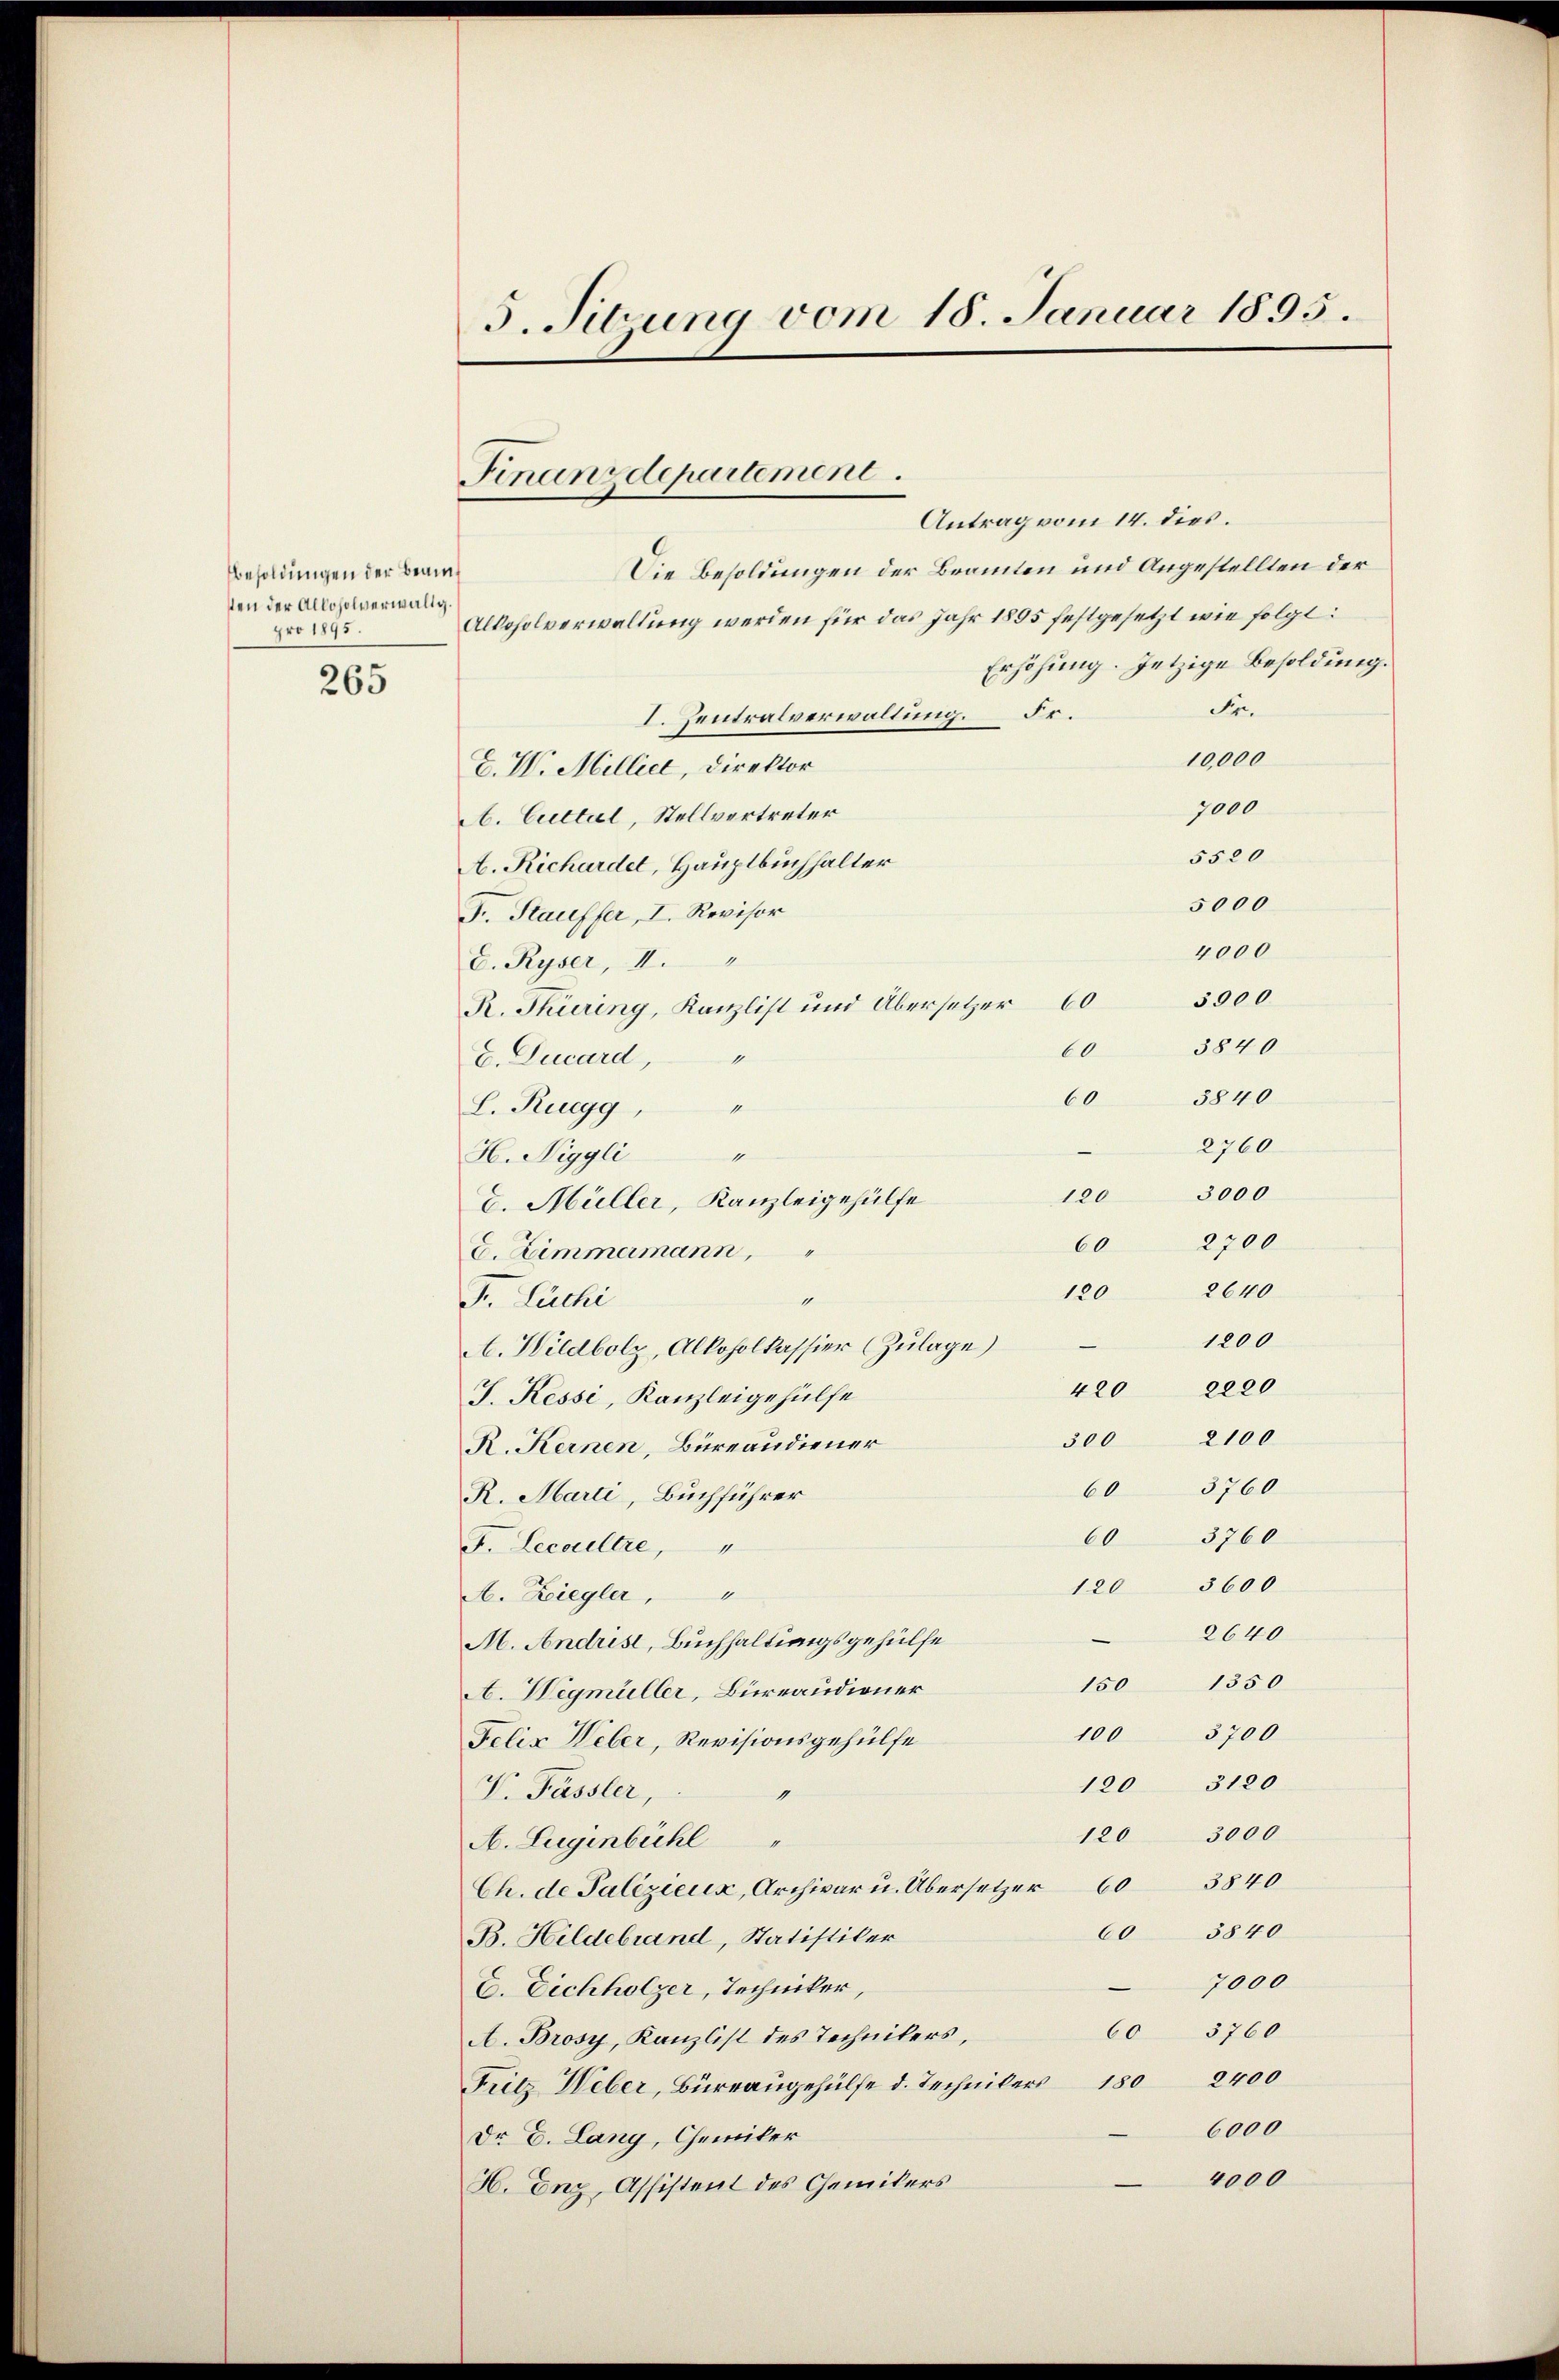
Besoldungen der Beamsten der Alloholverwaltg.
pro 1895.
265

Antrag vom 14. dies.
Die Besoldungen der Beamten und Angestellten der
Alkoholverwaltung werden für das Jahr 1895 festgesetzt wie folgt:
Erhöhung. Jetzige Besoldung.
Fr.
I. Zentralverwaltung. Fr.
10,000
E. V. Millier, Direktor
7000
A. Cuttil, Stellvertreter
5520
A. Richardel, Hauptbuchhalter
5000
F. Hauffer, I. Revisor
4000
E. Ryser, II.
R. Thüring, Kanzlist und Übersetzer 60 5000
60
E. Ducard,
60
L. Ruegg,
H. Niggli
120
E. Müller, Kanzleigehülfe
60
E. Zimmermann,
120 2640
J. Lachi
1200
420 2220
J. Kessi, Kanzleigehülfe
2100
300
R. Kernen, Büreaudiener
60 3760
R. Marti, Buchführer
 3760
F. Lecaeltre,
120 3600
A. Ziegler,
2640
M. Andrist, Buchhaltungsgehülfe
150 1350
A. Wegmüller, Bureaudiener
100 3700
Felix Weber, Revisionsgehülfe
120 3120
V. Fässler,
9
120 3000
A. Eugenbühl
Ch. de Palizienz, Archivar u. Übersetzer 60 3840
 3840
B. Hildebrand, Statistiker
7000
C. Dichholzer, Techniker,
60 3760
A. Brosy, Kanzlist des Technikers,
Fritz Weber, Büreaugehülfe d. Technikers 180 2400
6000
Dr E. Lang, Chemiker
4000
H. Enz, Assistent des Chemikers

5. Sitzung vom 18. Januar 1895.

Finanzdepartement.

1
A. Wildbolz, Alkoholkassier (Zulage)

5840
3840
2760

3000
2700